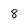
Character: 8